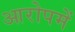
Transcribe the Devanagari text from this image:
आरोपमें